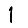
Digit: 1